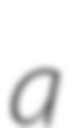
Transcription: a